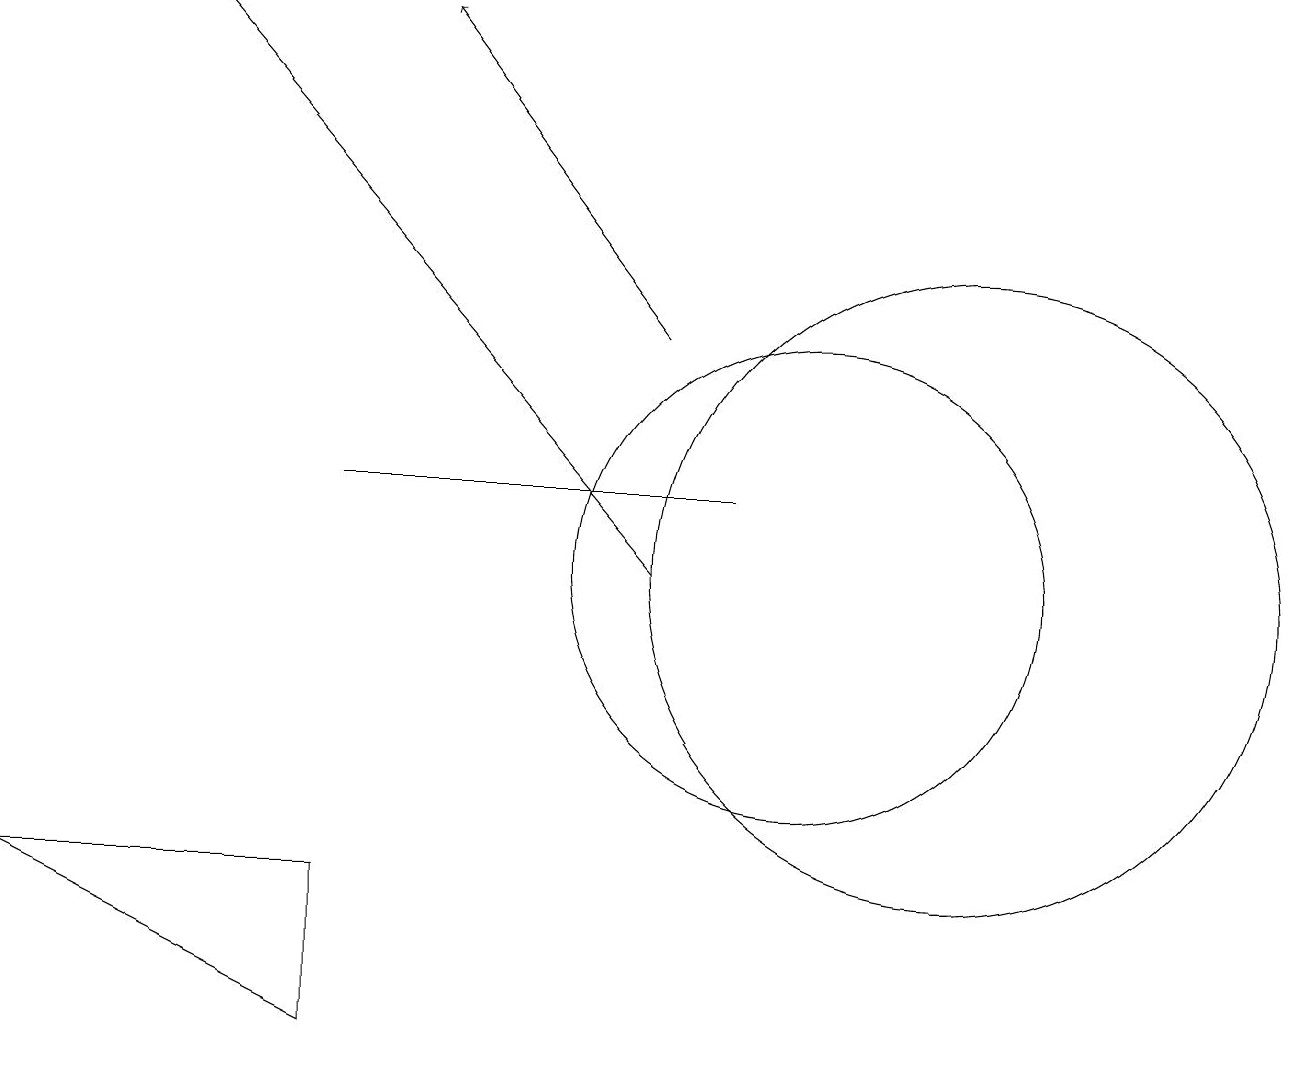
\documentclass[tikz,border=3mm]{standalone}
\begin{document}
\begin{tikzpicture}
\draw[->] (8,10) -- (2,17);
\draw (10,10) circle (3);
\draw[->] (8,13) -- (5,17);
\draw (12,10) circle (4);
\draw (4,6) -- (4,4) -- (0,6) -- cycle;
\draw (9,11) rectangle (4,11);
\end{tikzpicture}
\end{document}